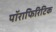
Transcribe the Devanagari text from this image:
पॉराफिरिटिक